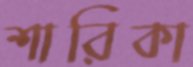
শারিকা